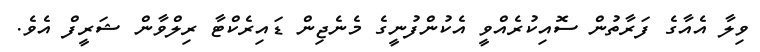
ވިލާ އެއާގެ ފަރާތުން ސޮއިކުރެއްވީ އެކުންފުނީގެ މެނެޖިން ޑައިރެކްޓާ ރިލްވާން ޝަރީފް އެވެ.